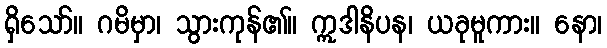
ရှိသော်။ ဂမိမှာ၊ သွားကုန်၏။ ဣဒါနိပန၊ ယခုမူကား။ နော၊